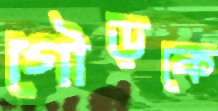
গৌড়কে